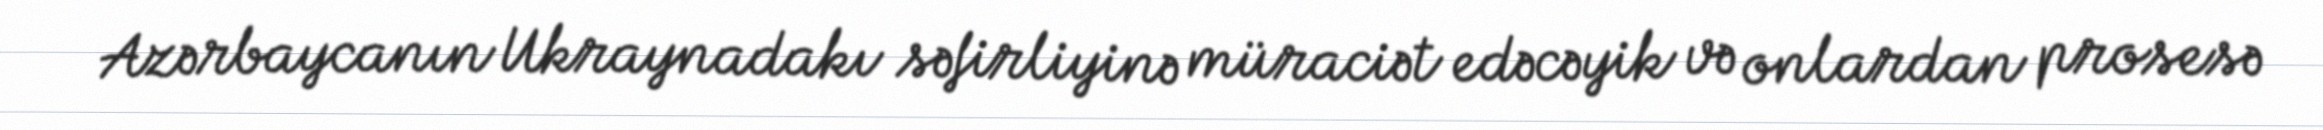
Azərbaycanın Ukraynadakı səfirliyinə müraciət edəcəyik və onlardan prosesə